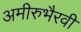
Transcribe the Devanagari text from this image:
अमीरुभैरवी